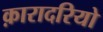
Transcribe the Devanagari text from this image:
क़ारादरियो